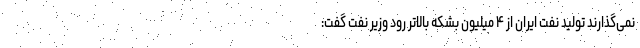
نمی‌گذارند تولید نفت ایران از ۴ میلیون بشکه بالاتر رود وزیر نفت گفت: